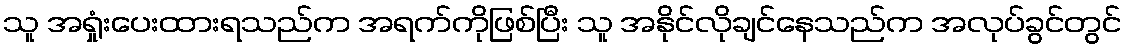
သူ အရှုံးပေးထားရသည်က အရက်ကိုဖြစ်ပြီး သူ အနိုင်လိုချင်နေသည်က အလုပ်ခွင်တွင်